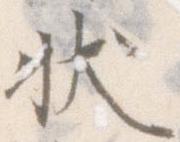
状